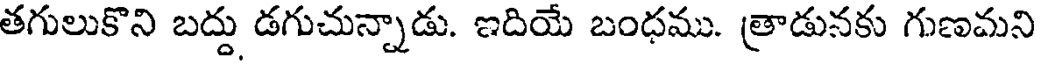
తగులుకొని బద్దు డగుచున్నాడు. ఇదియే బంధము. త్రాడునకు గుణమని